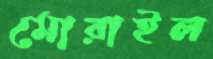
মোরাইল